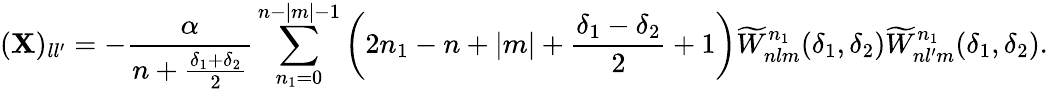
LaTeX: (\mathbf{X})_{ll^{\prime}}=-\frac{{\alpha}}{{n+\frac{{\delta_{1}+\delta_{2}}}{{2}}}}\sum_{n_{1}=0}^{n-|m|-1}\left(2n_{1}-n+|m|+\frac{{\delta_{1}-\delta_{2}}}{{2}}+1\right)\widetilde{W}_{nlm}^{n_{1}}(\delta_{1},\delta_{2})\widetilde{W}_{nl^{\prime}m}^{n_{1}}(\delta_{1},\delta_{2}).